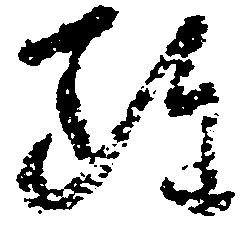
雖